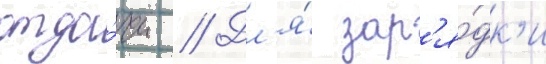
отда́чи // Дл'я́ зар'я́дк'и